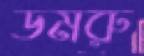
ডমরু